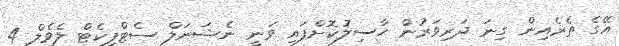
އޭގެ ތެރެއިން ގިނަ ދަރިވަރުން ޙާސިލުކޮށްފައި ވަނީ ނެޝަނަލް ސެޓްފިކެޓް ލެވެލް 4